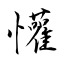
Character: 懽